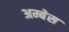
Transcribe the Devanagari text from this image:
अम्बेस